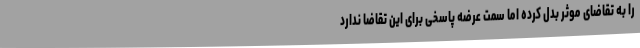
را به تقاضای موثر بدل کرده اما سمت عرضه پاسخی برای این تقاضا ندارد